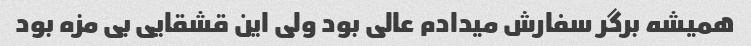
همیشه برگر سفارش میدادم عالی بود ولی این قشقایی بی مزه بود